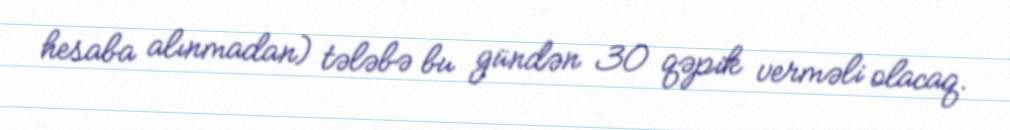
hesaba alınmadan) tələbə bu gündən 30 qəpik verməli olacaq.